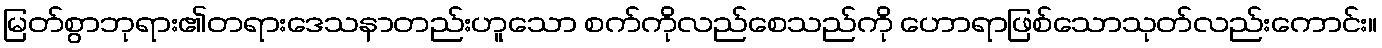
မြတ်စွာဘုရား၏တရားဒေသနာတည်းဟူသော စက်ကိုလည်စေသည်ကို ဟောရာဖြစ်သောသုတ်လည်းကောင်း။